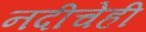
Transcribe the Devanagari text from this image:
नदीचेही